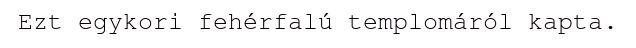
Ezt egykori fehérfalú templomáról kapta.